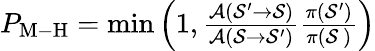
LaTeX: \begin{array}{r}{P_{\mathrm{M\mathrm{-}H}}=\operatorname*{min}\left(1,\frac{\mathcal{A}(\mathcal{S}^{\prime}\rightarrow\mathcal{S})}{\mathcal{A}(\mathcal{S}\rightarrow\mathcal{S}^{\prime})}\frac{\pi(\mathcal{S}^{\prime})}{\pi(\mathcal{S}~)}\right)}\end{array}